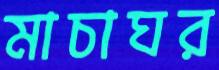
মাচাঘর